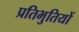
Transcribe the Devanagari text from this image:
प्रतिभुतियों